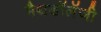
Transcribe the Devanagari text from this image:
मैथडॉलॅजी